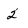
Character: 2